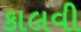
કાલવી